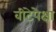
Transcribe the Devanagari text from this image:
वीटेपेक्षा